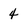
Character: 4